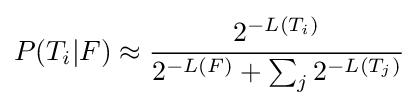
P(T_{i}|F)\approx {\frac {2^{-L(T_{i})}}{2^{-L(F)}+\sum _{j}{2^{-L(T_{j})}}}}